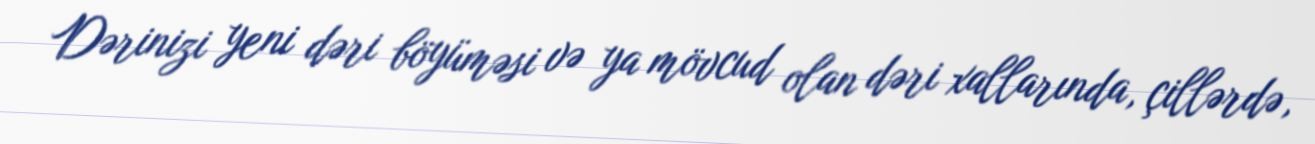
Dərinizi yeni dəri böyüməsi və ya mövcud olan dəri xallarında, çillərdə,